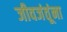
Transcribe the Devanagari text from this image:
जीवजंतूंना